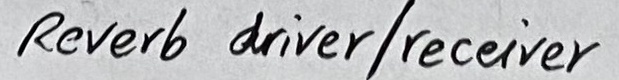
Text: Reverb driver/receiver